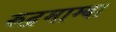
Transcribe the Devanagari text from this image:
रुद्रमाम्बा